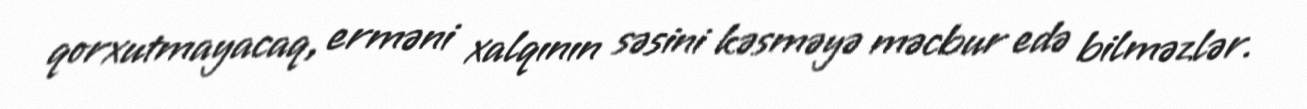
qorxutmayacaq, erməni xalqının səsini kəsməyə məcbur edə bilməzlər.